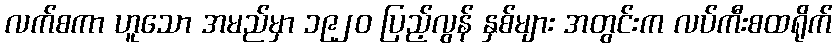
လက်စကာ ဟူသော အမည်မှာ ၁၉၂၀ ပြည့်လွန် နှစ်များ အတွင်းက လပ်ကီးစထရိုက်